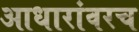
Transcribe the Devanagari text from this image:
आधारांवरच